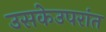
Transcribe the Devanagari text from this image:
उसकेउपरांत